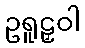
ဥရူဠှဝါ